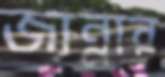
জান্নার